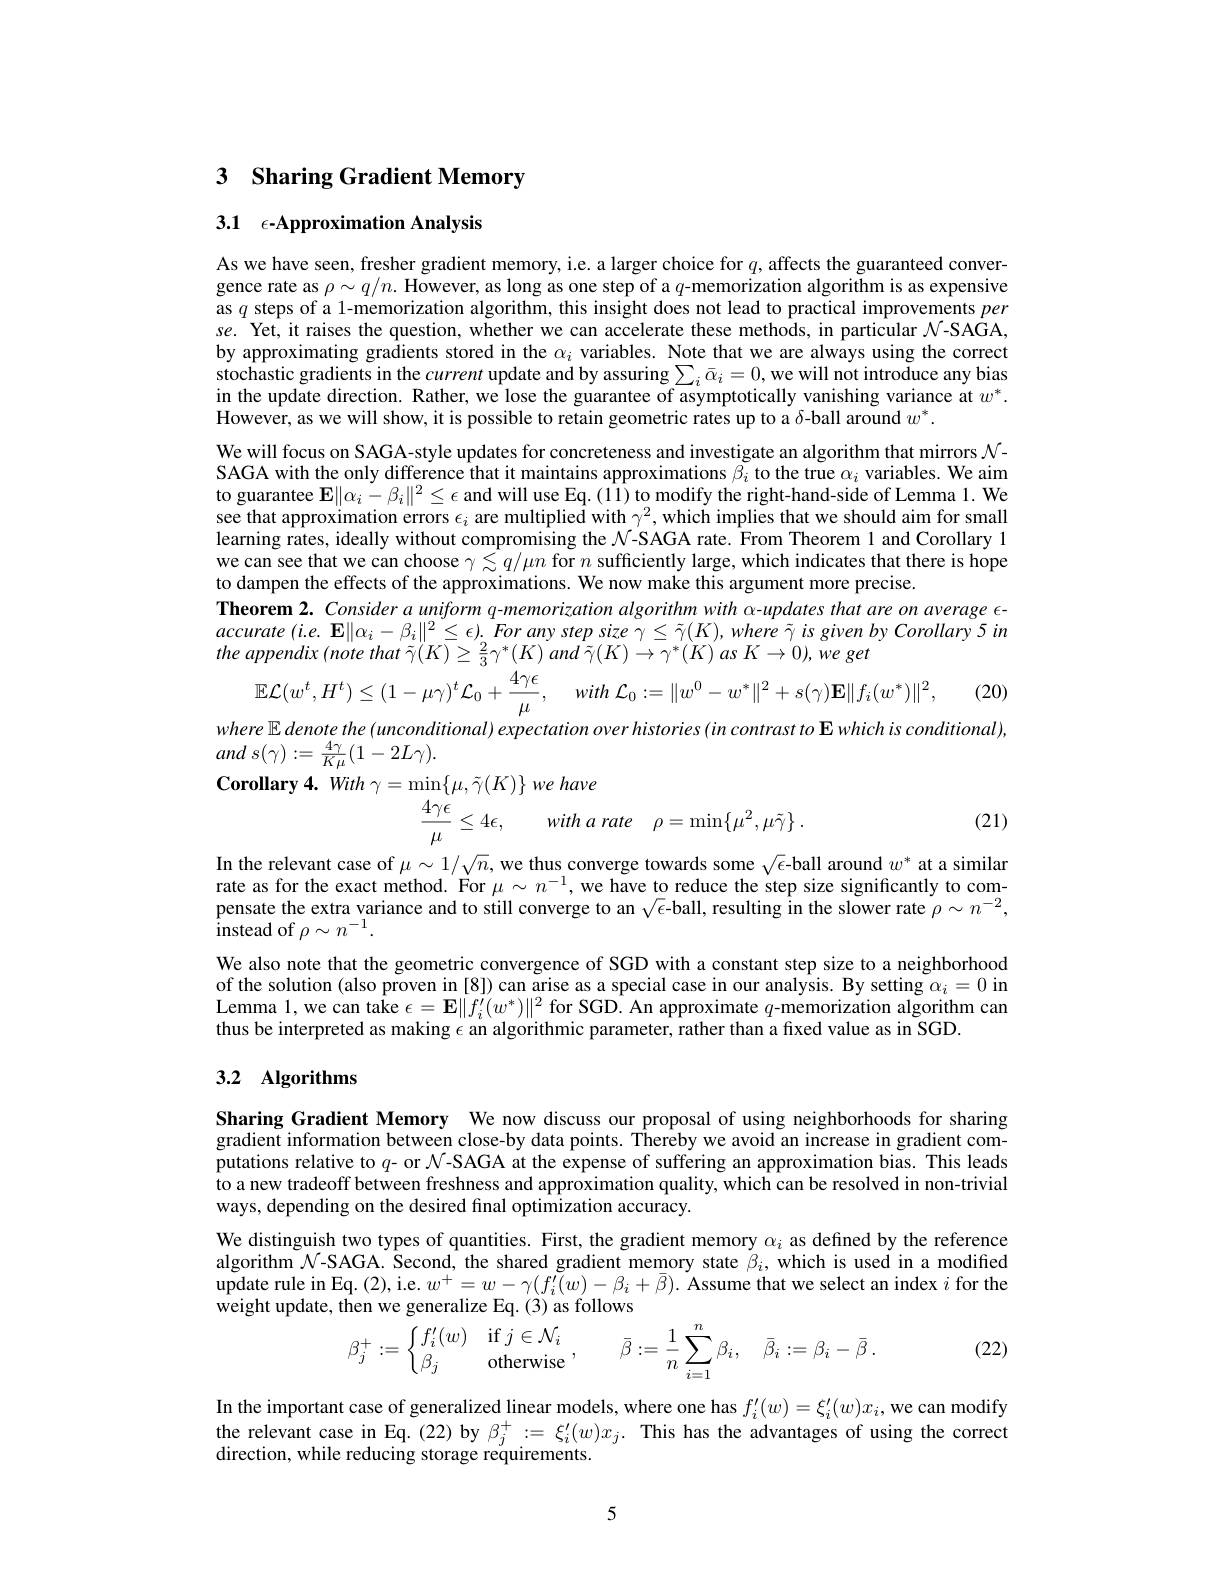
# 3 Sharing Gradient Memory

3.1 $\epsilon$-Approximation Analysis

As we have seen, fresher gradient memory, i.e. a larger choice for $q$, affects the guaranteed convergence rate as $\rho\sim q/n.$ However, as long as one step of a $q$-memorization algorithm is as expensive as $q$ steps of a 1-memorization algorithm, this insight does not lead to practical improvements per se. Yet, it raises the question, whether we can accelerate these methods, in particular $\mathcal{N}$-SAGA, by approximating gradients stored in the $\alpha_i$ variables. Note that we are always using the correct stochastic gradients in the current update and by assuring $\sum_i\bar{\alpha}_i=0$, we will not introduce any bias in the update direction. Rather, we lose the guarantee of asymptotically vanishing variance at $w^*.$ $\hat{\text{However, as we will show, it is possible to retain geometric rates up to a }\delta}$-ball around $w^*.$
We will focus on SAGA-style updates for concreteness and investigate an algorithm that mirrors $\mathcal{N}$- SAGA with the only difference that it maintains approximations $\beta_i$ to the true $\alpha_i$ variables. We aim to guarantee $\mathbf{E}\|\alpha_i-\beta_i\|^2\leq\epsilon$ and will use Eq.(11) to modify the right-hand-side of Lemma 1. We see that approximation errors $\epsilon_i$ are multiplied with $\gamma ^2$,which implies that we should aim for small learning rates, ideally without compromising the $\mathcal{N}$-SAGA rate. From Theorem l and Corollary l we can see that we can choose $\gamma\lesssim q/\mu n$ for $n$ sufficiently large, which indicates that there is hope to dampen the effects of the approximations. We now make this argument more precise.
Theorem 2. Consider a uniform q-memorization algorithm with α-updates that are on average €- accurate $( i. e.$ $\mathbf{E} \| \alpha _{i}- \beta _{i}\| ^{2}\leq \epsilon ) .$ For any step size $\gamma \leq \tilde{\gamma } ( K) $, where $\tilde{\gamma }$ $is$ given $by$ Corollary 5 $in$ the appendix $( note$ that $\tilde{\gamma } ( K) \geq \frac 23\gamma ^* ( K)$ and $\tilde{\gamma } ( K) \rightarrow \gamma ^* ( K)$ $as$ $K\rightarrow 0) $, $we$ get
(20)
$$\mathbb{EL}(w^{t},H^{t})\leq(1-\mu\gamma)^{t}\mathcal{L}_{0}+\frac{4\gamma\epsilon}{\mu},\quad\:with\:\mathcal{L}_{0}:=\|w^{0}-w^{*}\|^{2}+s(\gamma)\mathbf{E}\|f_{i}(w^{*})\|^{2},$$
$where\mathbb{E}$ denote the (unconditional) expectation over histories (in contrast to E which is conditional),
and $s( \gamma ) : = \frac {4\gamma }{K\mu }( 1- 2L\gamma ) .$

$\textbf{Corollary4. }With\gamma = \min \{ \mu , \tilde{\gamma } ( K) \}$ we have
$$\frac{4\gamma\epsilon}{\mu}\leq4\epsilon,\quad with\:a\:rate\quad\rho=\min\{\mu^{2},\mu\tilde{\gamma}\}\:.$$
(21)

In the relevant case of $\mu\sim1/\sqrt{n}$, we thus converge towards some $\sqrt\epsilon$-ball around $w^*$ at a similar rate as for the exact method. For $\mu\sim n^{-1}$, we have to reduce the step size significantly to compensate the extra variance and to still converge to an $\sqrt\epsilon$-ball, resulting in the slower rate $\rho\sim n^{-2}$, ${\overset{1}{\operatorname*{instead}}}$of $\rho\sim n^-1.$
We also note that the geometric convergence of SGD with a constant step size to a neighborhood of the solution (also proven in [8]) can arise as a special case in our analysis. By setting $\alpha_i=0$ in Lemma 1,we can take $\epsilon = \mathbf{E} \| f_{i}^{\prime }( w^{* }) \| ^{2}$ for SGD. An approximate $q$-memorization algorithm can thus be interpreted as making $\epsilon$ an algorithmic parameter, rather than a fixed value as in SGD.

## 3.2 Algorithms

Sharing Gradient Memory We now discuss our proposal of using neighborhoods for sharing gradient information between close-by data points. Thereby we avoid an increase in gradient computations relative to $q$- or $\mathcal{N}$-SAGA at the expense of suffering an approximation bias. This leads to a new tradeoff between freshness and approximation quality, which can be resolved in non-trivial ways, depending on the desired final optimization accuracy.

We distinguish two types of quantities. First, the gradient memory $\alpha_i$ as defined by the reference algorithm $\mathcal{N}$-SAGA. Second, the shared gradient memory state $\beta_i$, which is used in a modified update rule in Eq. ( 2) , i. e. $w^{+ }= w- \gamma ( f_{i}^{\prime }( w) - \beta _{i}+ \bar{\beta } ) .$ Assume that we select an index $i$ for the weight update, then we generalize Eq. (3) as follows
$$\beta_{j}^{+}:=\begin{cases}f_{i}^{\prime}(w)&\mathrm{if}\:j\in\mathcal{N}_{i}\\\beta_{j}&\mathrm{otherwise}\end{cases},\quad\bar{\beta}:=\frac{1}{n}\sum_{i=1}^{n}\beta_{i},\quad\bar{\beta}_{i}:=\beta_{i}-\bar{\beta}\:.$$
(22)

In the important case of generalized linear models, where one has $f_i^{\prime}(w)=\xi_i^{\prime}(w)x_i$, we can modify the relevant case in Eq. (22) by $\beta_j^+:=\xi_i^{\prime}(w)x_j.$ This has the advantages of using the correct direction, while reducing storage requirements.

5